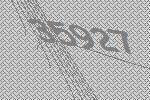
35927